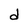
Character: d